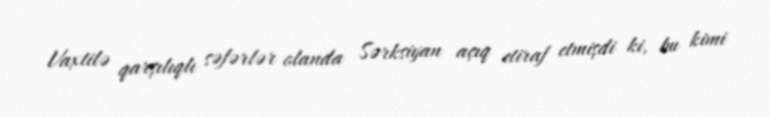
Vaxtilə qarşılıqlı səfərlər olanda Sərksiyan açıq etiraf etmişdi ki, bu kimi